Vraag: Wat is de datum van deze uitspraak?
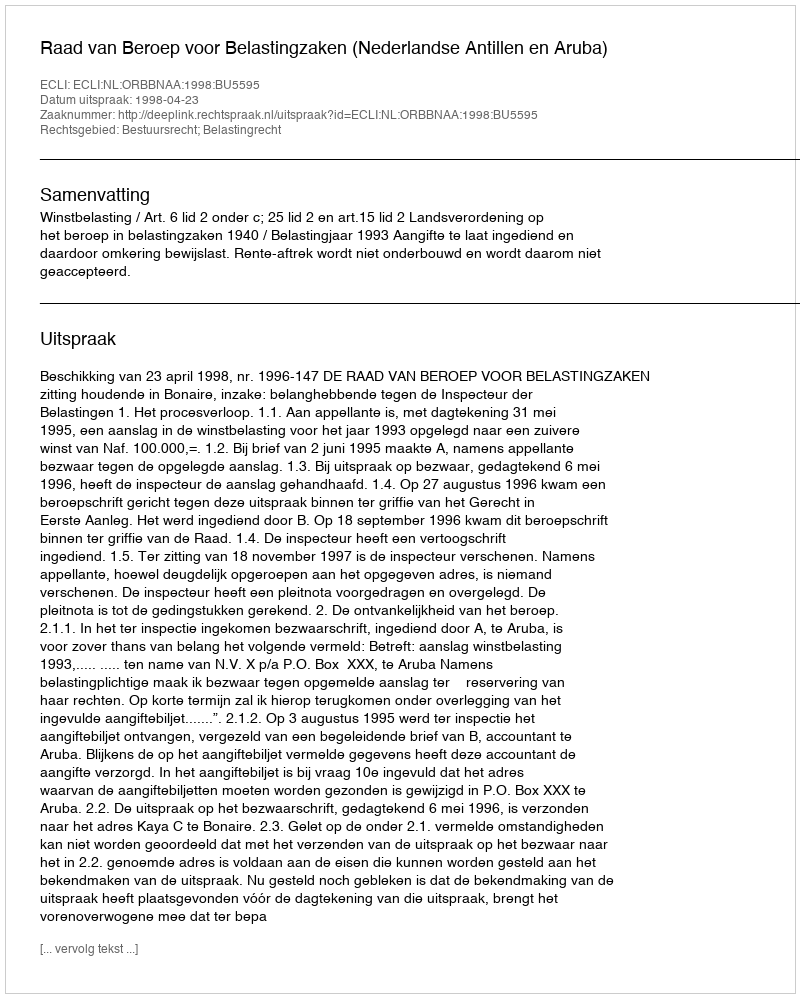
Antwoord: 1998-04-23